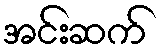
အင်းဆက်